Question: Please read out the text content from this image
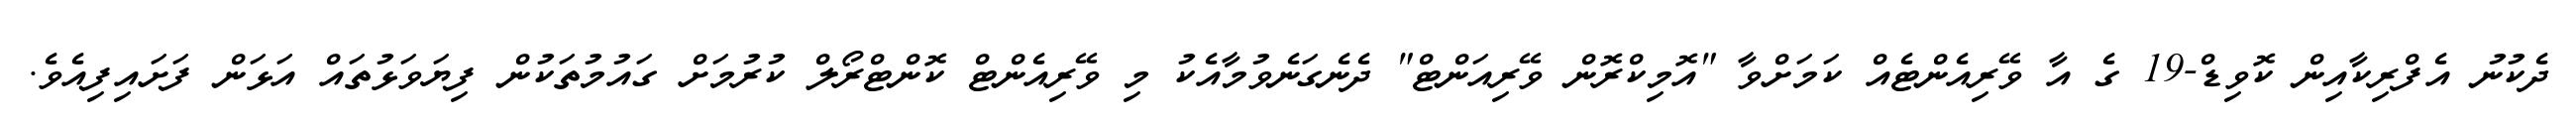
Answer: ދެކުނު އެފްރިކާއިން ކޮވިޑް-19 ގެ އާ ވޭރިއެންޓެއް ކަމަށްވާ "އޮމިކްރޮން ވޭރިއަންޓް" ދެނެގަނެވުމާއެކު މި ވޭރިއެންޓް ކޮންޓްރޯލް ކުރުމަށް ގައުމުތަކުން ފިޔަވަޅުތައް އަޅަން ފަށައިފިއެވެ.